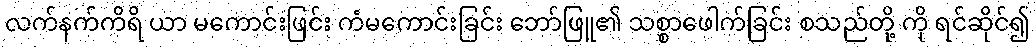
လက်နက်ကိရိ ယာ မကောင်းဖြင်း ကံမကောင်းခြင်း ဘော်ဖြူ၏ သစ္စာဖေါက်ခြင်း စသည်တို့ ကို ရင်ဆိုင်၍